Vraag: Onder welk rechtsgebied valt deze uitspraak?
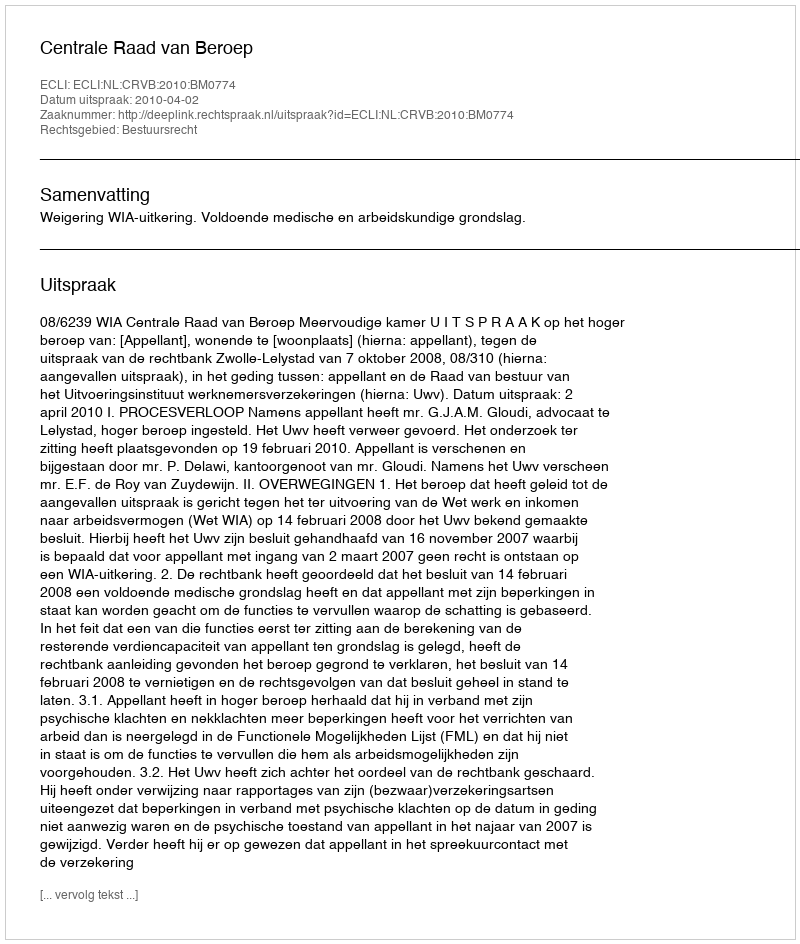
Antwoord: Bestuursrecht